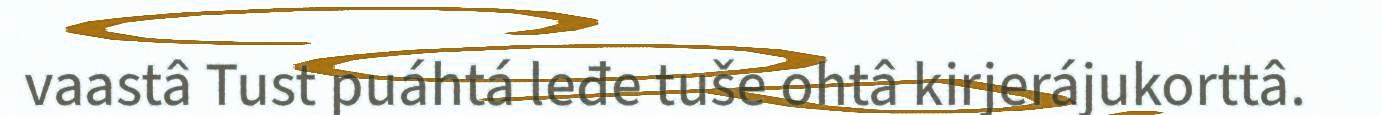
vaastâ Tust puáhtá leđe tuše ohtâ kirjerájukorttâ.